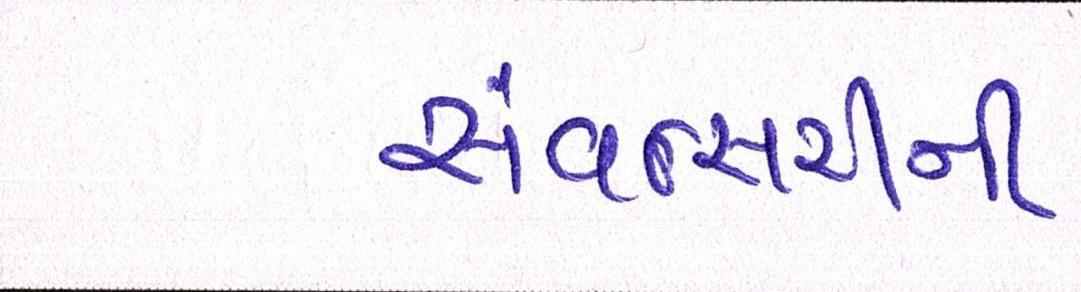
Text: સંવત્સરીની